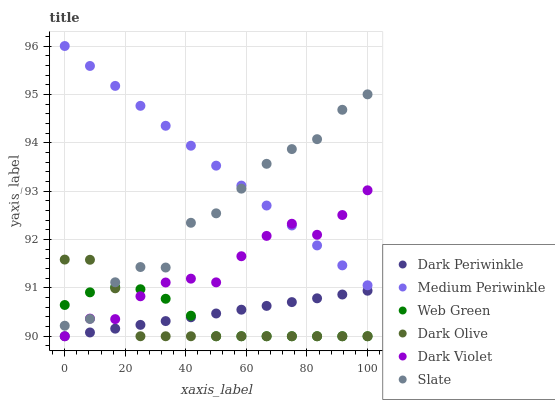
| xaxis_label | Dark Periwinkle | Medium Periwinkle | Web Green | Dark Olive | Dark Violet | Slate |
 | --- | --- | --- | --- | --- | --- | --- |
 | 0 | 90 | 96 | 90.6 | 91.6 | 90 | 90.2 |
 | 8.33 | 90.1 | 95.6 | 90.9 | 91.6 | 90.4 | 90.4 |
 | 16.7 | 90.2 | 95.2 | 91 | 91 | 90.4 | 91.1 |
 | 25 | 90.2 | 94.8 | 91 | 90 | 90.8 | 91.4 |
 | 33.3 | 90.3 | 94.4 | 90.8 | 90 | 91.1 | 91.4 |
 | 41.7 | 90.4 | 93.9 | 90.4 | 90 | 91.2 | 92.3 |
 | 50 | 90.5 | 93.5 | 90 | 90 | 91.1 | 92.5 |
 | 58.3 | 90.5 | 93.1 | 90 | 90 | 91.7 | 93.1 |
 | 66.7 | 90.6 | 92.7 | 90 | 90 | 92.1 | 93.6 |
 | 75 | 90.7 | 92.3 | 90 | 90 | 92.3 | 93.9 |
 | 83.3 | 90.8 | 91.9 | 90 | 90 | 92.1 | 94.1 |
 | 91.7 | 90.9 | 91.5 | 90 | 90 | 92.5 | 94.7 |
 | 100 | 90.9 | 91.1 | 90 | 90 | 93 | 95 |